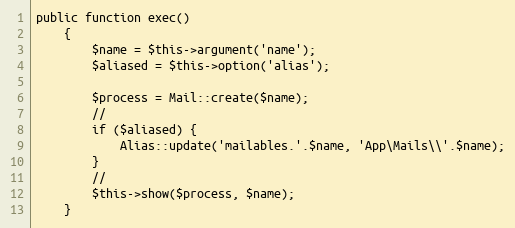
Language: PHP
public function exec()
    {
        $name = $this->argument('name');
        $aliased = $this->option('alias');

        $process = Mail::create($name);
        //
        if ($aliased) {
            Alias::update('mailables.'.$name, 'App\Mails\\'.$name);
        }
        //
        $this->show($process, $name);
    }